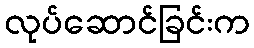
လုပ်ဆောင်ခြင်းက